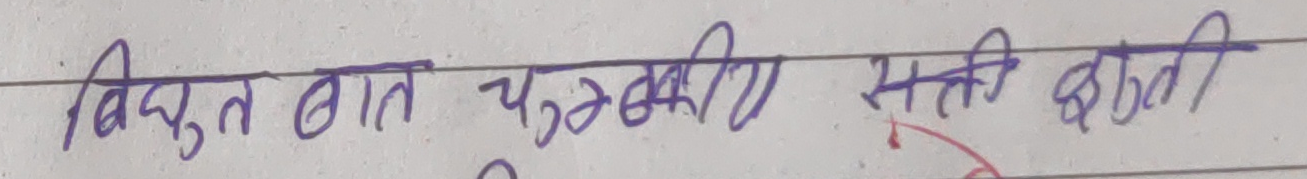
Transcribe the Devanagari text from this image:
विद्युत बात चुम्बकीय सती बढती